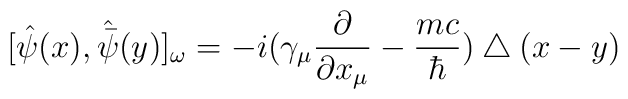
[\hat{\psi}(x),\hat{\bar{\psi}}(y)]_{\omega}=-i(\gamma_{\mu}\frac{\partial} {\partial x_{\mu}}-\frac{mc} {\hbar})\bigtriangleup(x-y)